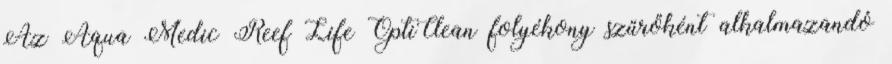
Az Aqua Medic Reef Life OptiClean folyékony szűrőként alkalmazandó